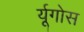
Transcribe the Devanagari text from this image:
र्यूगोस